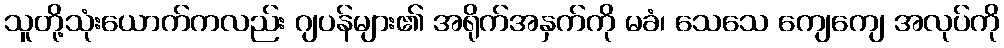
သူတို့သုံးယောက်ကလည်း ဂျပန်များ၏ အရိုက်အနှက်ကို မခံ၊ သေသေ ကျေကျေ အလုပ်ကို